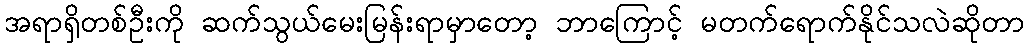
အရာရှိတစ်ဦးကို ဆက်သွယ်မေးမြန်းရာမှာတော့ ဘာကြောင့် မတက်ရောက်နိုင်သလဲဆိုတာ